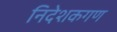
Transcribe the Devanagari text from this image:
निदेशकगण